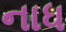
નાધ